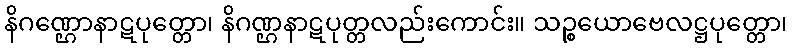
နိဂဏ္ဌောနာဋပုတ္တော၊ နိဂဏ္ဌနာဋပုတ္တလည်းကောင်း။ သဉ္စယောဗေလဋ္ဌပုတ္တော၊